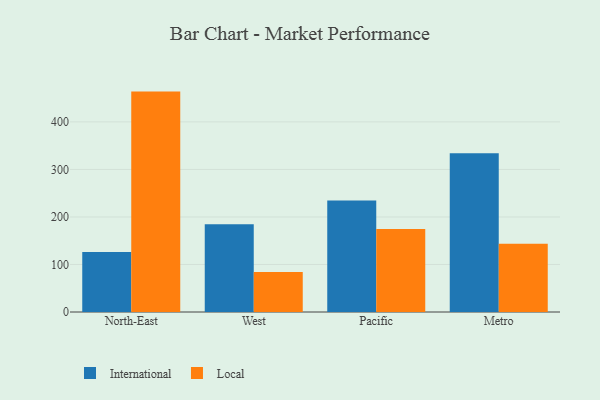
{"axis": {"x": "Region", "y": "Satisfaction Score"}, "legend": ["International", "Local"], "data": [{"x": "North-East", "y": 126.4, "type": "International"}, {"x": "North-East", "y": 463.8, "type": "Local"}, {"x": "West", "y": 184.9, "type": "International"}, {"x": "West", "y": 84.1, "type": "Local"}, {"x": "Pacific", "y": 234.4, "type": "International"}, {"x": "Pacific", "y": 174.8, "type": "Local"}, {"x": "Metro", "y": 333.9, "type": "International"}, {"x": "Metro", "y": 143.4, "type": "Local"}]}